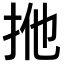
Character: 𢫌